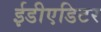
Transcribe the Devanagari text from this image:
ईडीएडिटर